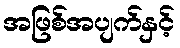
အဖြစ်အပျက်နှင့်